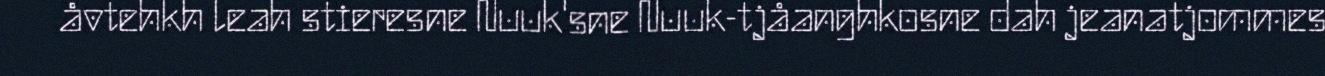
åvtehkh leah stieresne Nuuk'sne Nuuk-tjåanghkosne dah jeanatjommes